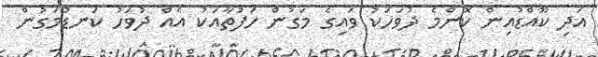
އަދި ކޫއްޑުއިން ކޮންމެ ދުވަހަކު ވައިގެ މަގުން ހަފުތާއަކު އެއް ދުވަހު ކަނޑުމަގުން